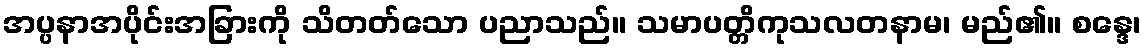
အပ္ပနာအပိုင်းအခြားကို သိတတ်သော ပညာသည်။ သမာပတ္တိကုသလတနာမ၊ မည်၏။ စန္ဒေ၊